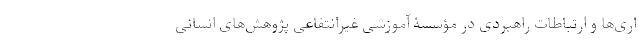
اری‌ها و ارتباطات راهبردی در مؤسسۀ آموزشیِ غیرانتفاعی پژوهش‌های انسانی